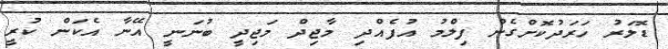
ޑޮލަރު ހަރަދުކޮށްގެން ފިލްމު އުފެއްދި މާޖިދް މަޖިދީ ބުނަނީ އޭނާ އެކަން ކުރީ